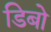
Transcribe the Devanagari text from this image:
डिबो